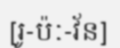
[រូ-ប៉ៈ-វ័ន]